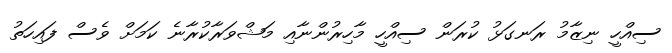
ސިއްހީ ނިޒާމު ރަނގަޅު ކުރަން ސިއްހީ މާހިރުންނާއި މަޝްވަރާކުރާނެ ކަމަށް ވެސް ފައިހަތު